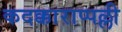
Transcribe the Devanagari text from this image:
कदक्काराप्पल्ली